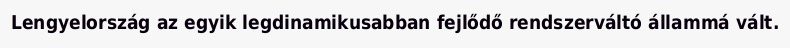
Lengyelország az egyik legdinamikusabban fejlődő rendszerváltó állammá vált.